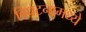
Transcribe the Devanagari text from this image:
विघटनामध्ये